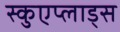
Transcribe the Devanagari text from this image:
स्कुएप्लाड्स